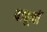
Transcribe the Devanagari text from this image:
बाबूनों